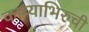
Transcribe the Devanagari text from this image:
काव्याभिरुची